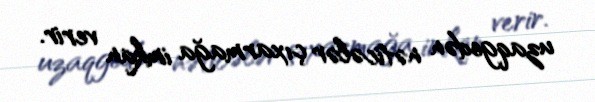
uzaqgedən nəticələr çıxarmağa imkan verir.